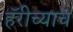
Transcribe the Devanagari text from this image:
हॅरीच्याच